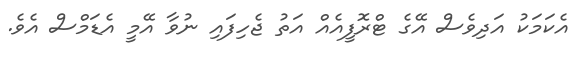
އެކަމަކު އަދިވެސް އޭގެ ޓްރޮފީއެއް އަތު ޖެހިފައި ނުވާ އޭމީ އެޑަމްސް އެވެ.